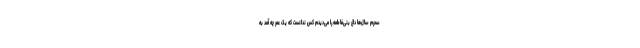
سحرم سال‌ها داغ بنی‌فاطمه را می‌دیدم کس ندانست که یک عمر چه آمد به